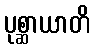
ပုစ္ဆာယာတိ